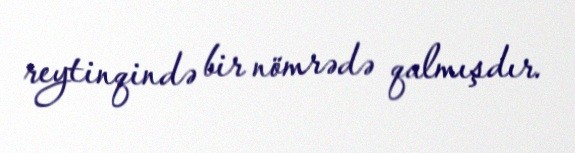
reytinqində bir nömrədə qalmışdır.